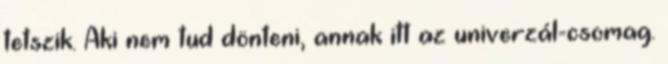
tetszik. Aki nem tud dönteni, annak itt az univerzál-csomag.